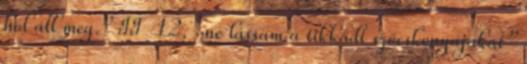
hol áll meg.” II 12, „ne lássam a tikkadt szöcskenyájakat”